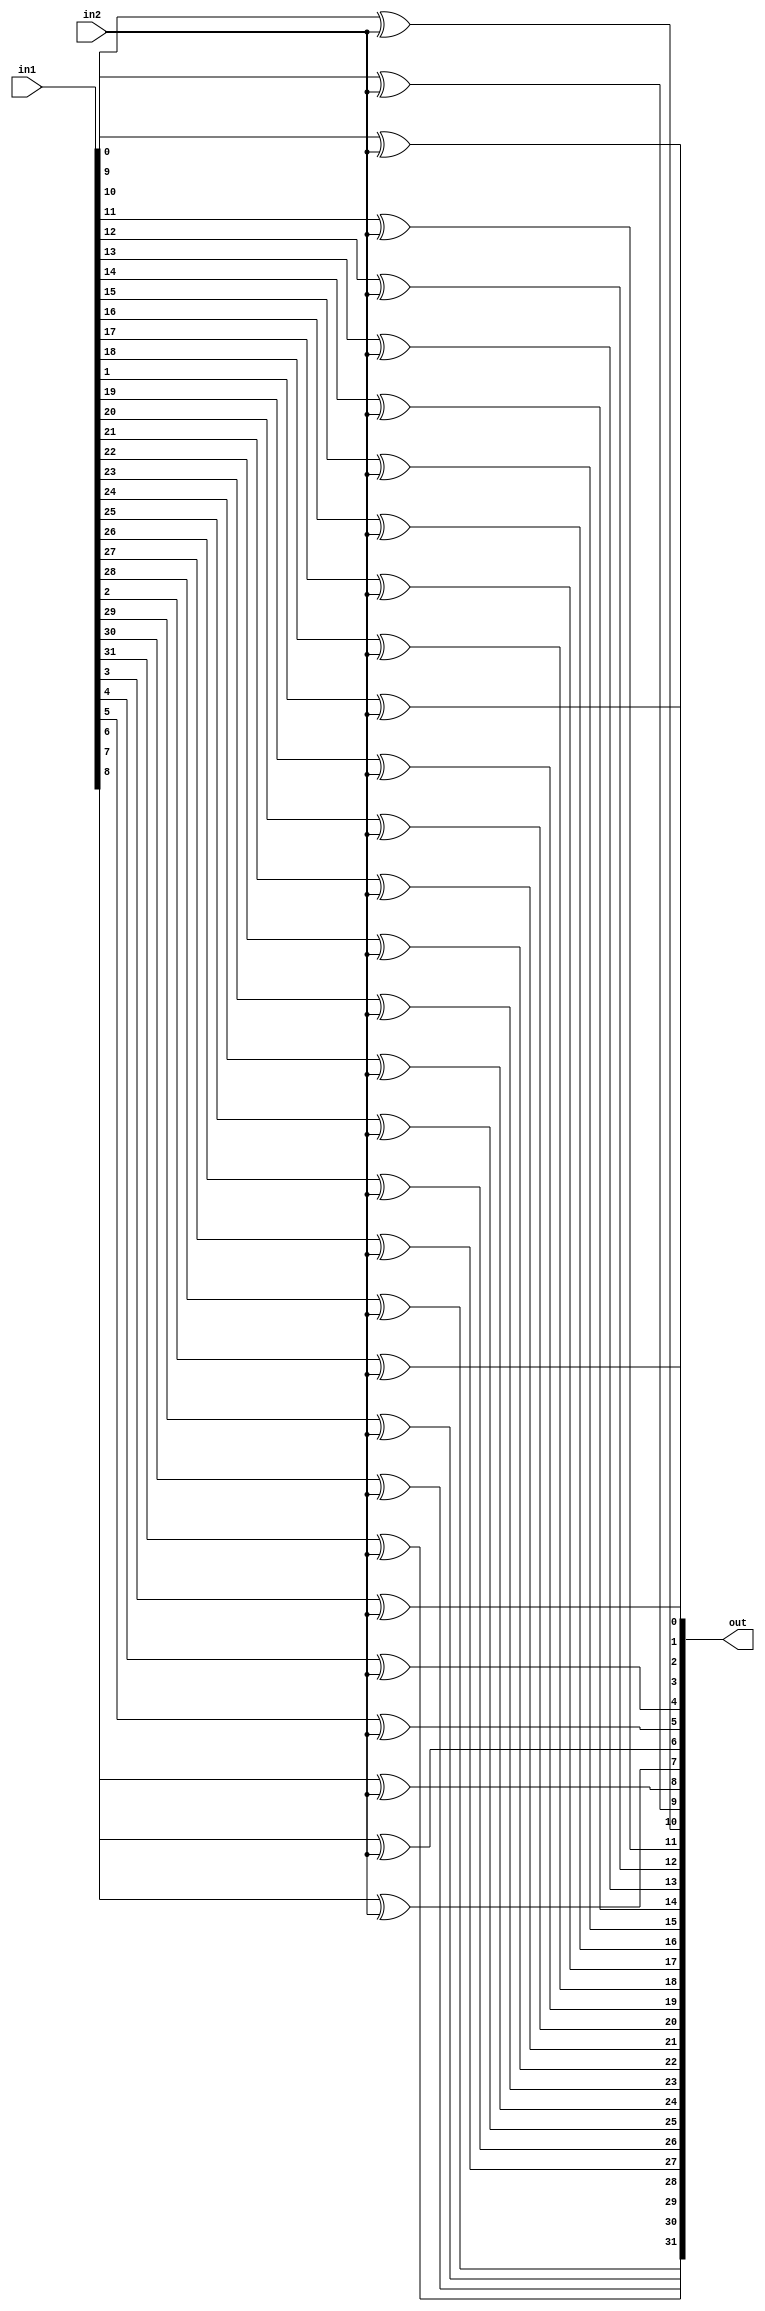
module xorB(out, in1, in2);

	input [31:0] in1;
	input in2;
	
	output [31:0] out;
	
	genvar c;
	generate
		for(c=0; c<32; c=c+1) begin: loop
			xor(out[c], in1[c], in2);
		end
	endgenerate

endmodule